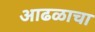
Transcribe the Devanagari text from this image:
आढळाचा